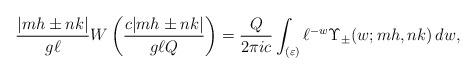
LaTeX: \begin{align*}\frac{|mh\pm nk|}{g \ell} W\left( \frac{c|mh\pm nk|}{g\ell Q}\right) = \frac{Q}{2\pi i c} \int_{(\varepsilon)} \ell^{-w} \Upsilon_{\pm}(w;mh,nk) \,dw,\end{align*}